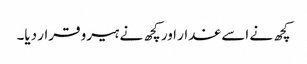
کچھ نے اسے غدار اور کچھ نے ہیرو قرار دیا۔